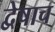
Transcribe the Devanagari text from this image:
द्वेषाच